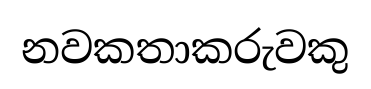
නවකතාකරුවකු